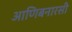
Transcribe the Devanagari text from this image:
आणिबनारसी